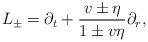
LaTeX: \begin{align*} L_\pm=\partial_t+\frac{v\pm\eta}{1\pm v\eta}\partial_r,\end{align*}